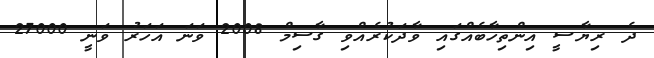
ދެ ރިޔާސީ އިންތިހާބެއްގައި ވާދަކުރެއްވި ގާސިމް 2008 ވަނަ އަހަރު ވަނީ 27000